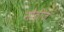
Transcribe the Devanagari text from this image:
नौटीज़